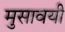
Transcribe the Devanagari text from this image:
मुसावयी